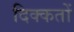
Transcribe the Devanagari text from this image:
दिक्‍कतों